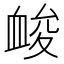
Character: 䘒